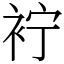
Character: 䘢